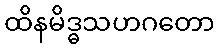
ထိနမိဒ္ဓသဟဂတော